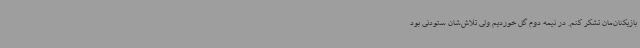
بازیکنان‌مان تشکر کنم. در نیمه دوم گل خوردیم ولی تلاش‌شان ستودنی بود